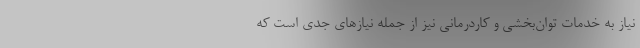
نیاز به خدمات توان‌بخشی و کاردرمانی نیز از جمله نیازهای جدی است که